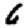
Digit: 6